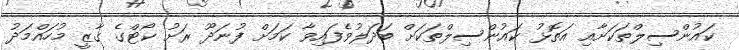
ކައުންސިލްތަކަށާއި އަތޮޅު ކައުންސިލްތަކަށް ބަދަލުވެފައިވާ ކަމަށް ފުނަދޫ ރަށު ކޯޓްގެ ގާޒީ މުހައްމަދު